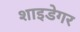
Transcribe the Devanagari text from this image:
शाइडेगर